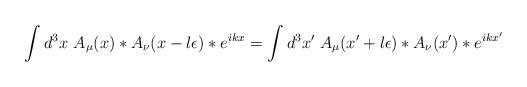
LaTeX: \begin{align*}\int d^3 x~ A_\mu (x) \ast A_\nu (x - l \epsilon) \ast e^{ikx} = \int d^3 x'~ A_\mu (x' + l \epsilon) \ast A_\nu (x') \ast e^{ikx'}\end{align*}